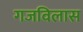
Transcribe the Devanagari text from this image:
गजविलास